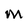
Character: m